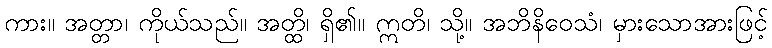
ကား။ အတ္တာ၊ ကိုယ်သည်။ အတ္ထိ၊ ရှိ၏။ ဣတိ၊ သို့။ အဘိနိဝေသံ၊ မှားသောအားဖြင့်